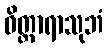
ဝိတ္ထာရာသုဘံ